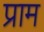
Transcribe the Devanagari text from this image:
प्राम